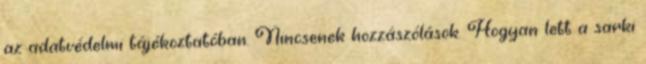
az adatvédelmi tájékoztatóban. Nincsenek hozzászólások. Hogyan lett a sarki